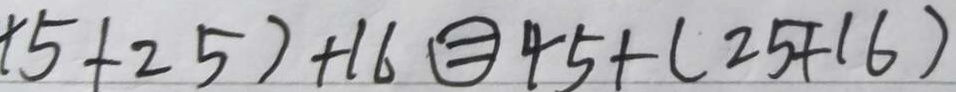
+ 5 + 2 5 ) + 1 6 \textcircled { = } 4 5 + ( 2 5 + 1 6 )